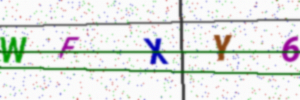
Text: WFXY6